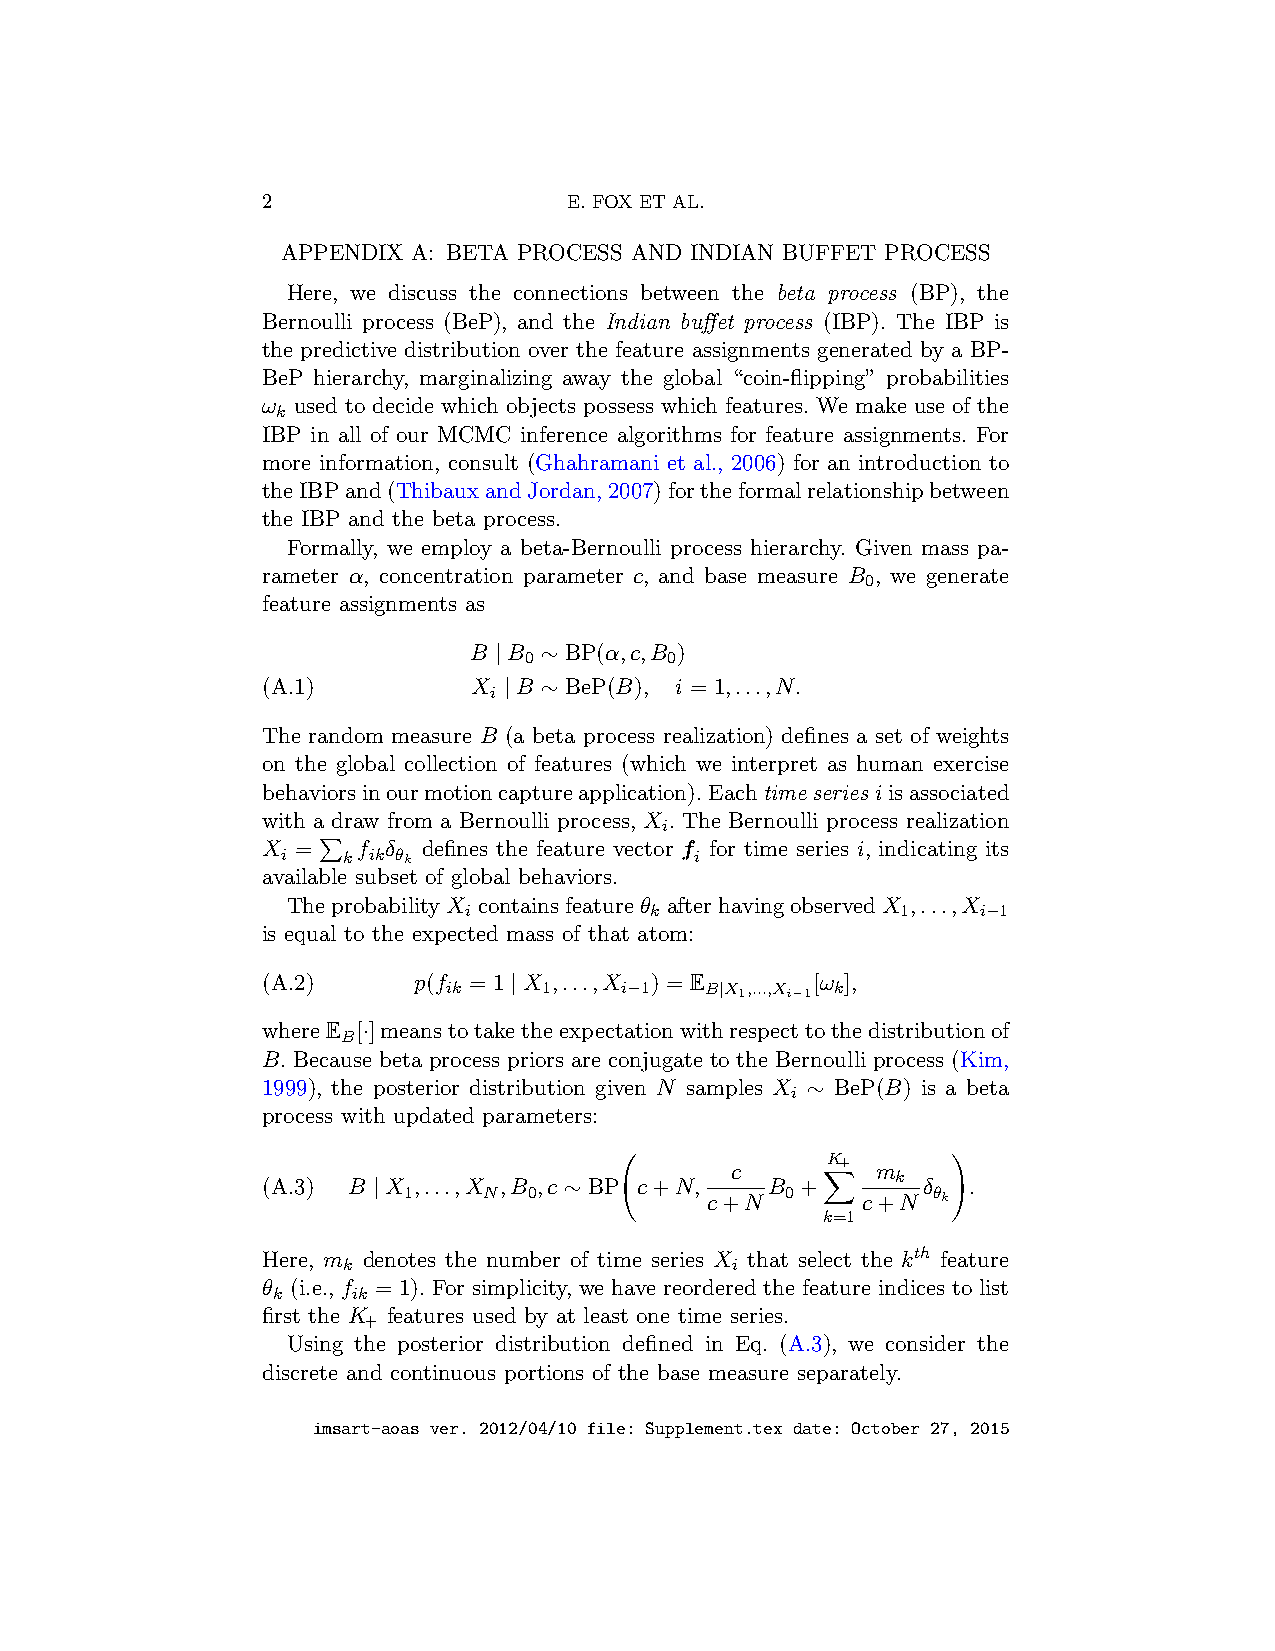
2                    E. FOX ET AL.
 APPENDIX A: BETA PROCESS AND INDIAN BUFFET PROCESS
 Here, we discuss the connections between the beta process (BP), the
 Bernoulli process (BeP), and the Indian buffet process (IBP). The IBP is
 the predictive distribution over the feature assignments generated by a BP-
 BeP hierarchy, marginalizing away the global “coin-flipping” probabilities
 ω used to decide which objects possess which features. We make use of the
 k
 IBP in all of our MCMC inference algorithms for feature assignments. For
 more information, consult (Ghahramani et al., 2006) for an introduction to
 theIBPand(ThibauxandJordan,2007)fortheformalrelationshipbetween
 the IBP and the beta process.
 Formally, we employ a beta-Bernoulli process hierarchy. Given mass pa-
 rameter α, concentration parameter c, and base measure B , we generate
 0
 feature assignments as
 B | B ∼ BP(α,c,B )
 0        0
 (A.1)         X | B ∼ BeP(B), i = 1,...,N.
 i
 The random measure B (a beta process realization) defines a set of weights
 on the global collection of features (which we interpret as human exercise
 behaviorsinourmotioncaptureapplication).Eachtimeseries iisassociated
 with a draw from a Bernoulli process, X . The Bernoulli process realization
 i
 X  =   f δ defines the feature vector f for time series i, indicating its
 i   k ik θk                i
 available subset of global behaviors.
 P
 TheprobabilityX containsfeatureθ afterhavingobservedX ,...,X
 i           k                1    i−1
 is equal to the expected mass of that atom:
 (A.2)     p(f = 1 | X ,...,X ) = E   [ω ],
 ik    1    i−1   B|X1,...,Xi−1 k
 whereE [·]meanstotaketheexpectationwithrespecttothedistributionof
 B
 B. Because beta process priors are conjugate to the Bernoulli process (Kim,
 1999), the posterior distribution given N samples X ∼ BeP(B) is a beta
 i
 process with updated parameters:
 c
 K+
 m
 k
 (A.3) B | X ,...,X ,B ,c ∼ BP c+N, B +      δ  .
 1    N  0
 c+N
 0
 c+N
 θk
 !
 k=1
 X
 Here, m denotes the number of time series X that select the kth feature
 k                        i
 θ (i.e., f = 1). For simplicity, we have reordered the feature indices to list
 k    ik
 first the K features used by at least one time series.
 +
 Using the posterior distribution defined in Eq. (A.3), we consider the
 discrete and continuous portions of the base measure separately.
 imsart-aoas ver. 2012/04/10 file: Supplement.tex date: October 27, 2015